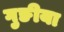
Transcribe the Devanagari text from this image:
गुङीया